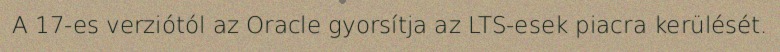
A 17-es verziótól az Oracle gyorsítja az LTS-esek piacra kerülését.